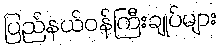
ပြည်နယ်ဝန်ကြီးချုပ်များ